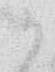
か